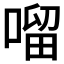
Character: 𠺕